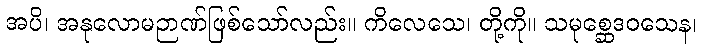
အပိ၊ အနုလောမဉာဏ်ဖြစ်သော်လည်း။ ကိလေသေ၊ တို့ကို။ သမုစ္ဆေဒဝသေန၊